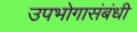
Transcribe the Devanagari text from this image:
उपभोगासंबंधी